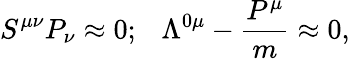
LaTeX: S^{\mu\nu}P_{\nu}\approx 0;~~~\Lambda^{0\mu}-{\frac{P^{\mu}}{m}}\approx 0,